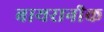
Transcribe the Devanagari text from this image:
बायरानीक